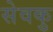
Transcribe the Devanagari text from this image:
सेवकु